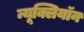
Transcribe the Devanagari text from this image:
न्यूक्लियॉन